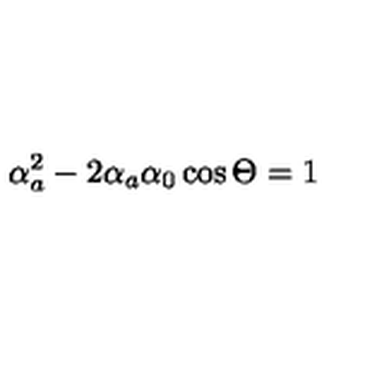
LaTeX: \alpha _ { a } ^ { 2 } - 2 \alpha _ { a } \alpha _ { 0 } \cos \Theta = 1